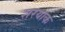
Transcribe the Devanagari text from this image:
शरयाक